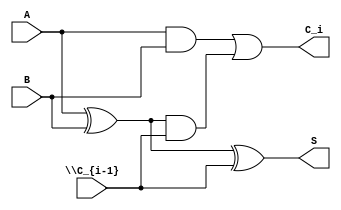
/*
 * Generated by Digiblock. Don't modify this file!
 * Any changes will be lost if this file is regenerated.
 */

module adder (
  input A, // first bit to add
  input B, // second bit to add
  input \C_{i-1} , // carry in
  output C_i, // carry bit
  output S // sum

);
  wire s0;
  assign s0 = (A ^ B);
  assign S = (s0 ^ \C_{i-1} );
  assign C_i = ((A & B) | (s0 & \C_{i-1} ));
endmodule